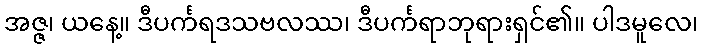
အဇ္ဇ၊ ယနေ့။ ဒီပင်္ကရဒသဗလဿ၊ ဒီပင်္ကရာဘုရားရှင်၏။ ပါဒမူလေ၊